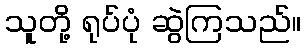
သူတို့ ရုပ်ပုံ ဆွဲကြသည်။